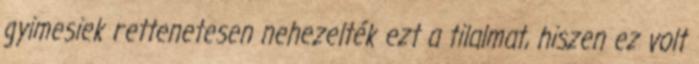
gyimesiek rettenetesen nehezelték ezt a tilalmat, hiszen ez volt